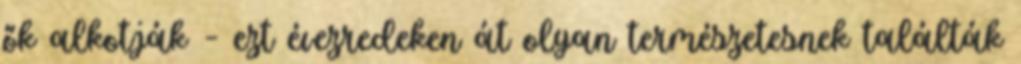
ők alkotják – ezt évezredeken át olyan természetesnek találták